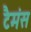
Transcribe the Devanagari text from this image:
टैमंस